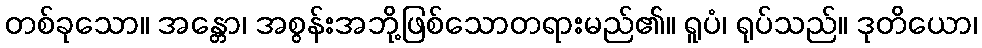
တစ်ခုသော။ အန္တော၊ အစွန်းအဘို့ဖြစ်သောတရားမည်၏။ ရူပံ၊ ရုပ်သည်။ ဒုတိယော၊